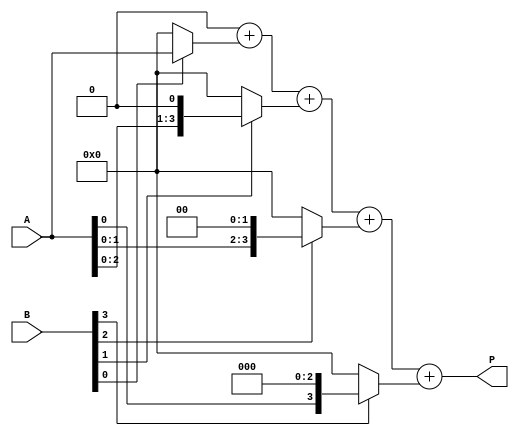
module array_multiplier #(parameter N = 4, M = 4) (
    input [N-1:0] A, // N-bit multiplicand
    input [M-1:0] B, // M-bit multiplier
    output reg [N+M-1:0] P // (N+M)-bit product
);

    reg [N-1:0] partial_products[M-1:0]; // Array to hold partial products
    integer i, j;

    always @(*) begin
        // Initialize the product to 0
        P = 0;

        // Generate partial products
        for (i = 0; i < M; i = i + 1) begin
            if (B[i]) begin
                partial_products[i] = A << i; // Shift A left by i if B[i] is 1
            end else begin
                partial_products[i] = 0; // Otherwise, the partial product is 0
            end
        end

        // Sum the partial products
        for (j = 0; j < M; j = j + 1) begin
            P = P + partial_products[j]; // Add each partial product to the total product
        end
    end

endmodule